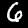
Label: 6